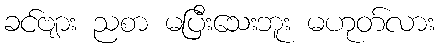
ခင်ဗျား ညစာ မပြီးသေးဘူး မဟုတ်လား